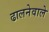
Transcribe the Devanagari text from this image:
ढालनेवाले